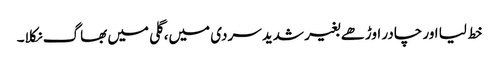
خط لیا اور چادر اوڑھے بغیر شدید سردی میں، گلی میں بھاگ نکلا۔